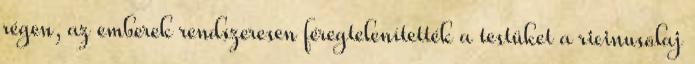
régen, az emberek rendszeresen féregtelenítették a testüket a ricinusolaj